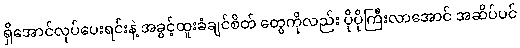
ရှိအောင်လုပ်ပေးရင်းနဲ့ အခွင့်ထူးခံချင်စိတ် တွေကိုလည်း ပိုပိုကြီးလာအောင် အဆိပ်ပင်